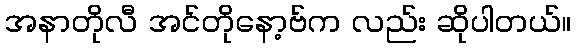
အနာတိုလီ အင်တိုနော့ဗ်က လည်း ဆိုပါတယ်။